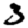
Digit: 3